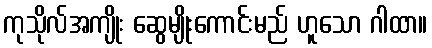
ကုသိုလ်အကျိုး ဆွေမျိုးကောင်းမည် ဟူသော ဂါထာ။